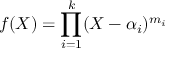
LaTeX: f ( X ) = \prod _ { i = 1 } ^ { k } ( X - \alpha _ { i } ) ^ { m _ { i } }